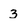
Character: 3